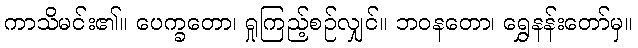
ကာသိမင်း၏။ ပေက္ခတော၊ ရှုကြည့်စဉ်လျှင်။ ဘဝနတော၊ ရွှေနန်းတော်မှ။